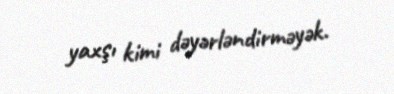
yaxşı kimi dəyərləndirməyək.